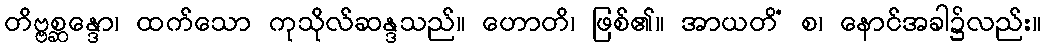
တိဗ္ဗစ္ဆန္ဒော၊ ထက်သော ကုသိုလ်ဆန္ဒသည်။ ဟောတိ၊ ဖြစ်၏။ အာယတိံ စ၊ နောင်အခါ၌လည်း။